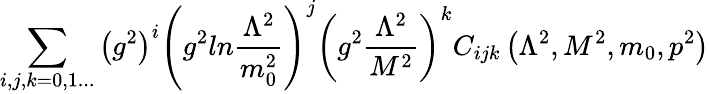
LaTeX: \sum_{i,j,k=0,1...}\left(g^{2}\right)^{i}\left(g^{2}ln{\frac{\Lambda^{2}}{m_{0}^{2}}}\right)^{j}\left(g^{2}{\frac{\Lambda^{2}}{M^{2}}}\right)^{k}C_{ijk}\left(\Lambda^{2},M^{2},m_{0},p^{2}\right)